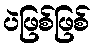
ပဲဖြစ်ဖြစ်